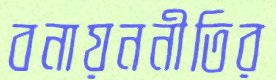
বনায়ননীতির